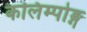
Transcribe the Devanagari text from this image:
कलिम्पोङ्ग